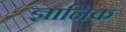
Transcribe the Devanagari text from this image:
ज्ञानिक